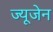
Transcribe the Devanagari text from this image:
ज्यूजेन